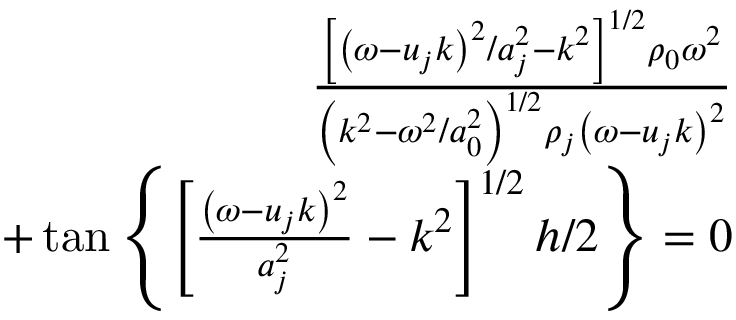
\begin{array} { r } { \frac { \left[ \left( \omega - u _ { j } k \right) ^ { 2 } / a _ { j } ^ { 2 } - k ^ { 2 } \right] ^ { 1 / 2 } \rho _ { 0 } \omega ^ { 2 } } { \left( k ^ { 2 } - \omega ^ { 2 } / a _ { 0 } ^ { 2 } \right) ^ { 1 / 2 } \rho _ { j } \left( \omega - u _ { j } k \right) ^ { 2 } } } \\ { + \tan \left\{ \left[ \frac { \left( \omega - u _ { j } k \right) ^ { 2 } } { a _ { j } ^ { 2 } } - k ^ { 2 } \right] ^ { 1 / 2 } h / 2 \right\} = 0 } \end{array}